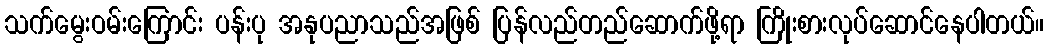
သက်မွေးဝမ်းကြောင်း ပန်းပု အနုပညာသည်အဖြစ် ပြန်လည်တည်ဆောက်ဖို့ရာ ကြိုးစားလုပ်ဆောင်နေပါတယ်။